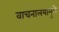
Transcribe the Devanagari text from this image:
वाचनालयामुळे